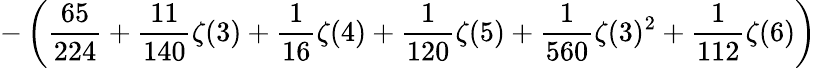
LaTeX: \displaystyle-\left(\frac{65}{224}+\frac{11}{140}\zeta(3)+\frac{1}{16}\zeta(4)+\frac{1}{120}\zeta(5)+\frac{1}{560}\zeta(3)^{2}+\frac{1}{112}\zeta(6)\right)